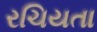
રચિયતા